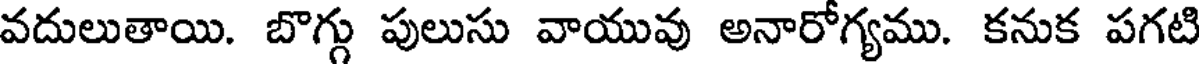
వదులుతాయి. బొగ్గు పులుసు వాయువు అనారోగ్యము. కనుక పగటి